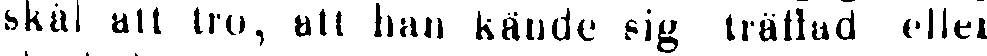
skäl att tro, at han kände sig träffad eller